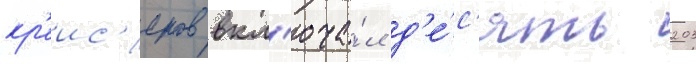
кр'еис'еров вкл'юча́л д'е́с'ять 203